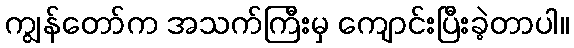
ကျွန်တော်က အသက်ကြီးမှ ကျောင်းပြီးခဲ့တာပါ။